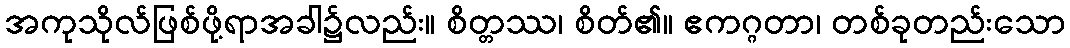
အကုသိုလ်ဖြစ်ဖို့ရာအခါ၌လည်း။ စိတ္တဿ၊ စိတ်၏။ ဧကဂ္ဂတာ၊ တစ်ခုတည်းသော